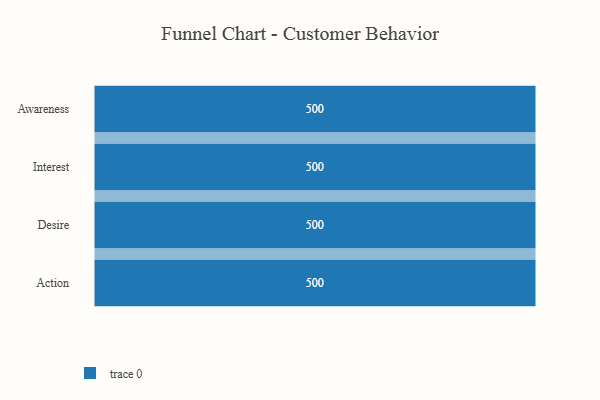
{"axis": {"x": "Stage", "y": "Value"}, "legend": [""], "data": [{"x": "Awareness", "y": 500, "type": ""}, {"x": "Interest", "y": 500, "type": ""}, {"x": "Desire", "y": 500, "type": ""}, {"x": "Action", "y": 500, "type": ""}]}